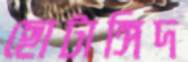
ছোটাঙ্গিদ